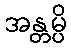
အန္တမ္ပိ